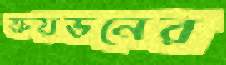
ক্রয়ডনের